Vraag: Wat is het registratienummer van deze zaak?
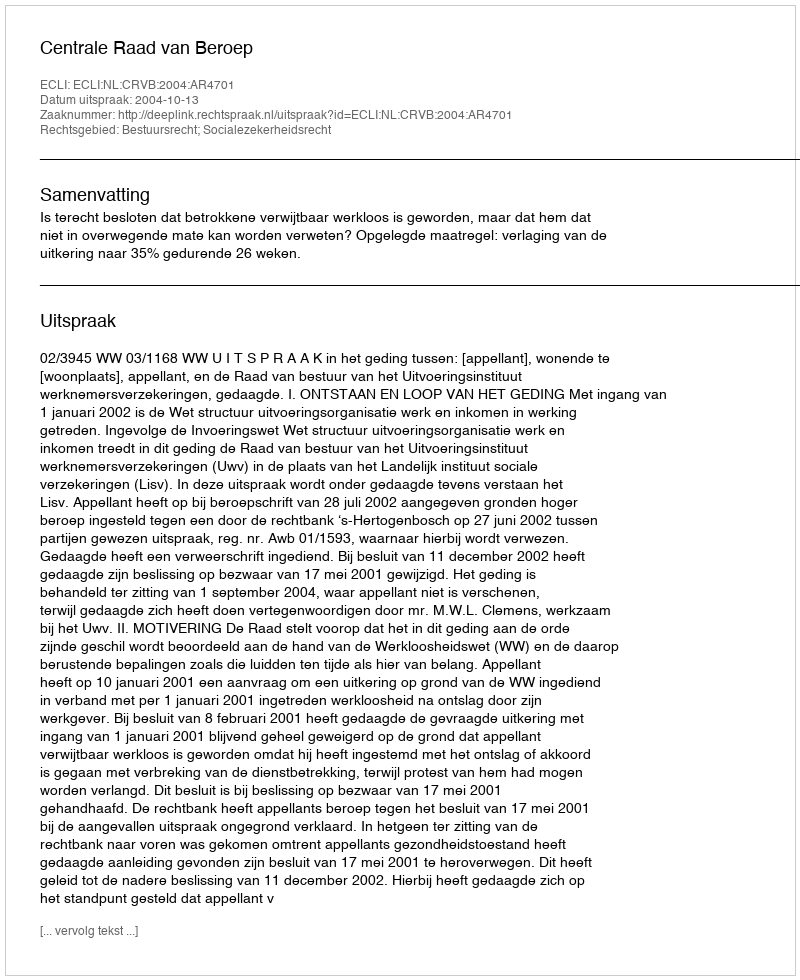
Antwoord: http://deeplink.rechtspraak.nl/uitspraak?id=ECLI:NL:CRVB:2004:AR4701